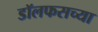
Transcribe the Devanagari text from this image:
डॉलफसच्या